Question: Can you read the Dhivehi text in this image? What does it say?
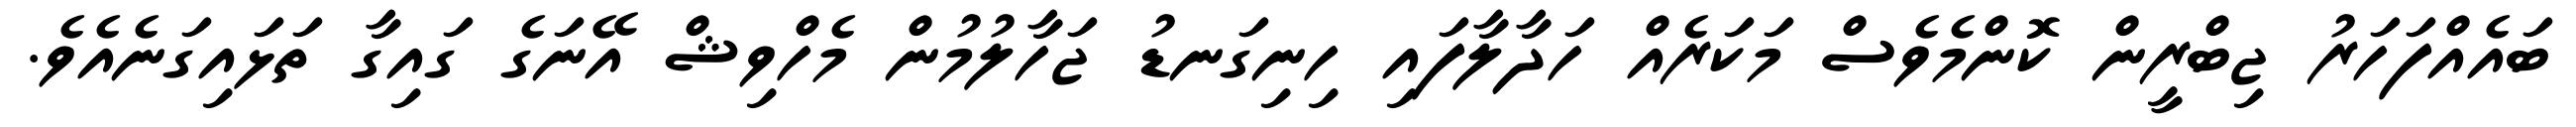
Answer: ބައެއްފަހަރު ޖިބްރީން ކޮންމެވެސް މަކަރެއް ހަދާލާފައި ހިނިގަނޑު ޖަހާލުމުން މެހްވިޝް އޭނަގެ ގައިގާ ތަޅައިގަނެއެވެ.